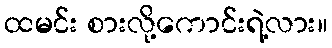
ထမင်း စားလို့ကောင်းရဲ့လား။